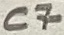
Text: C7